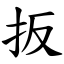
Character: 扳